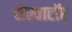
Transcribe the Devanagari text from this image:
सेल्वाटॉर